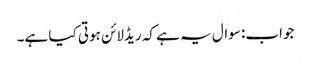
جواب: سوال یہ ہے کہ ریڈلائن ہوتی کیا ہے۔